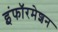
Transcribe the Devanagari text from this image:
इंफॉरमेशन